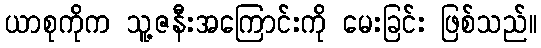
ယာစုကိုက သူ့ဇနီးအကြောင်းကို မေးခြင်း ဖြစ်သည်။